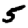
Digit: 5